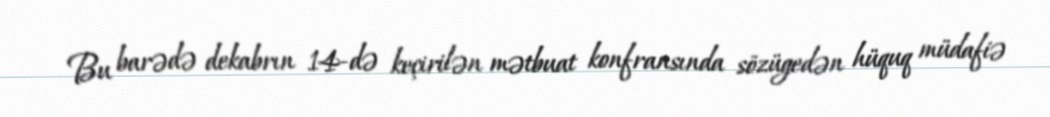
Bu barədə dekabrın 14-də keçirilən mətbuat konfransında sözügedən hüquq müdafiə